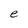
Character: e